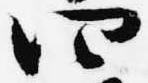
四